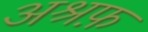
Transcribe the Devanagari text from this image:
अश्रफ़